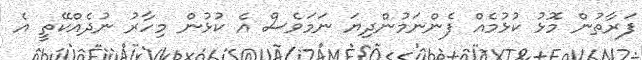
ފަރާތުން މޮޅު ކުޅުމެއް ފެންނަމުންދިޔަ ނަމަވެސް އެ ކުޅުން މިހާރު ނުދެއްކޭތީ އެ